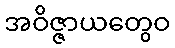
အဝိဇ္ဇာယတွေဝ